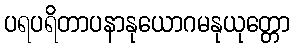
ပရပရိတာပနာနုယောဂမနုယုတ္တော